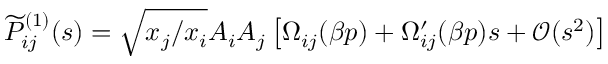
\widetilde { P } _ { i j } ^ { ( 1 ) } ( s ) = \sqrt { x _ { j } / x _ { i } } A _ { i } A _ { j } \left[ \Omega _ { i j } ( \beta p ) + \Omega _ { i j } ^ { \prime } ( \beta p ) s + \mathcal { O } ( s ^ { 2 } ) \right]